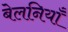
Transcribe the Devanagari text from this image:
बेलनियाँ